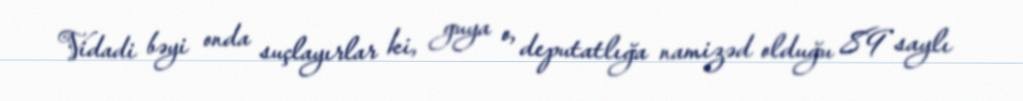
Vidadi bəyi onda suçlayırlar ki, guya o, deputatlığa namizəd olduğu 89 saylı